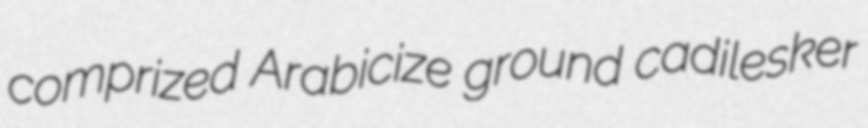
comprized Arabicize ground cadilesker